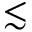
\lesssim